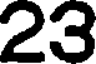
23